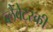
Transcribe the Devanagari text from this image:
ब्लैवेट्स्की